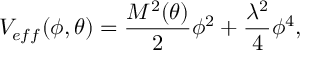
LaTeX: V _ { e f f } ( \phi , \theta ) = \frac { { \cal M } ^ { 2 } ( \theta ) } { 2 } \phi ^ { 2 } + \frac { \lambda ^ { 2 } } { 4 } \phi ^ { 4 } ,